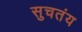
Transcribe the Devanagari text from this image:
सुचतंय